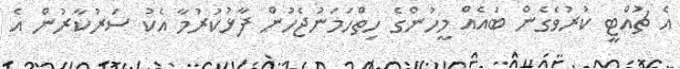
އެ ޗުއްޓީ ކުރުވެގެން ބައެއް މީހުންގެ ހިތްހަމަނުޖެހުން ފާޅުކުރުމާ އެކު ސަރުކާރުން އެ